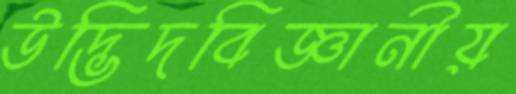
উদ্ভিদবিজ্ঞানীয়